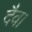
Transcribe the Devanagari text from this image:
दैव।